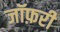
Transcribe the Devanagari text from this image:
जॉफ़री